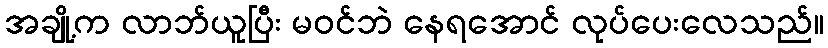
အချို့က လာဘ်ယူပြီး မဝင်ဘဲ နေရအောင် လုပ်ပေးလေသည်။